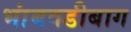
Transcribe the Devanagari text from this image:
भांबवडीबाग